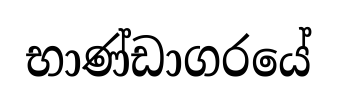
භාණ්ඩාගරයේ